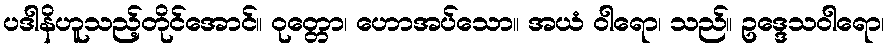
ပဒါနိဟူသည့်တိုင်အောင်။ ဝုတ္တော၊ ဟောအပ်သော။ အယံ ဝါရော၊ သည်။ ဥဒ္ဒေသဝါရော၊